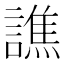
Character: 譙